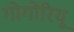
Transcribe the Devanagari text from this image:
गोगोरियू